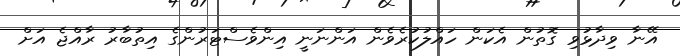
އޭނާ ވިދާޅުވި ގޮތުން އެކަން ހައްލުކުރެވެން އަންނަނީ އިންވެސްޓަރުންގެ އިތުބާރު ރާއްޖެ އަށް